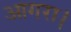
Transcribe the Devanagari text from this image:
आगरा।